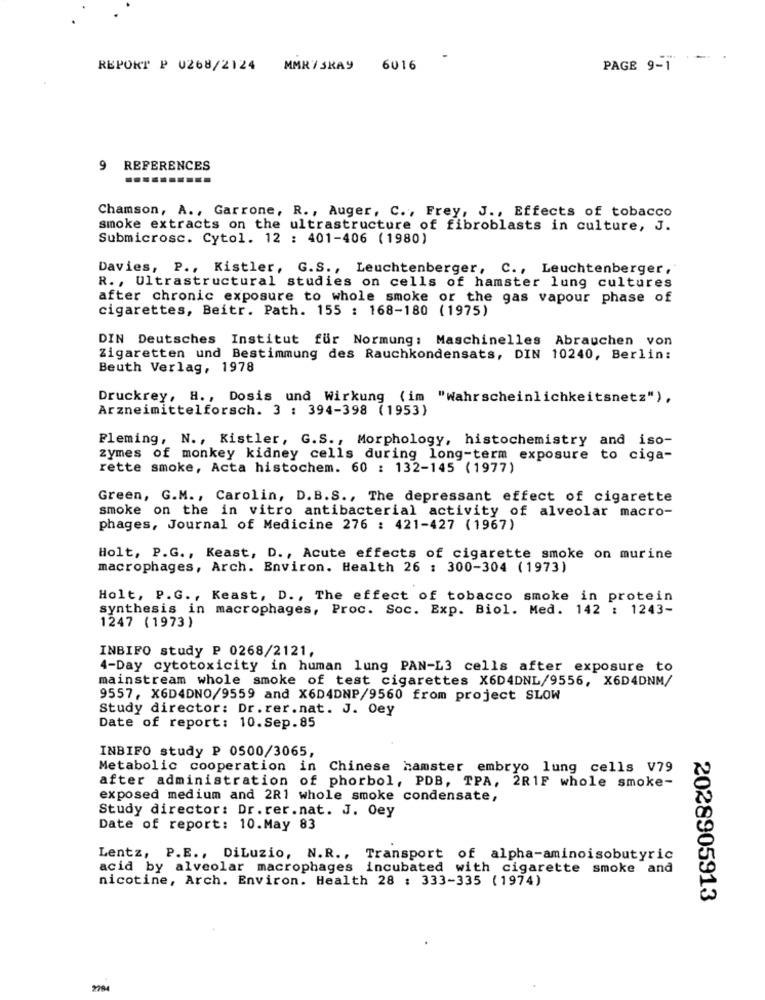
REPORT P 0268/2124 MMR/SKAY 6016
PAGE 9-1
9 REFERENCES
Chamson, A ., Garrone, R ., Auger, C ., Frey, J ., Effects of tobacco
smoke extracts on the ultrastructure of fibroblasts in culture, J.
Submicrosc. Cytol. 12 : 401-406 (1980)
Davies, P ., Kistler, G.S ., Leuchtenberger, C ., Leuchtenberger,
R ., Ultrastructural studies on cells of hamster lung cultures
after chronic exposure to whole smoke or the gas vapour phase of
cigarettes, Beitr. Path. 155 : 168-180 (1975)
DIN Deutsches Institut für Normung: Maschinelles Abrauchen von
Zigaretten und Bestimmung des Rauchkondensats, DIN 10240, Berlin:
Beuth Verlag, 1978
Druckrey, H ., Dosis und Wirkung (im "wahrscheinlichkeitsnetz"),
Arzneimittelforsch. 3 : 394-398 (1953)
Fleming, N ., Kistler, G.S ., Morphology, histochemistry and iso-
zymes of monkey kidney cells during long-term exposure to ciga-
rette smoke, Acta histochem. 60 : 132-145 (1977)
Green, G.M ., Carolin, D.B.S ., The depressant effect of cigarette
smoke on the in vitro antibacterial activity of alveolar macro-
phages, Journal of Medicine 276 : 421-427 (1967)
Holt, P.G ., Keast, D ., Acute effects of cigarette smoke on murine
macrophages, Arch. Environ. Health 26 : 300-304 (1973)
Holt, P.G ., Keast, D ., The effect of tobacco smoke in protein
synthesis in macrophages, Proc. Soc. Exp. Biol. Med. 142 : 1243-
1247 (1973)
INBIFO study P 0268/2121,
4-Day cytotoxicity in human lung PAN-L3 cells after exposure to
mainstream whole smoke of test cigarettes X6D4DNL/9556, X6D4DNM/
9557, X6D4DNO/9559 and X6D4DNP/9560 from project SLOW
Study director: Dr.rer.nat. J. Oey
Date of report: 10.Sep.85
INBIFO study P 0500/3065,
Metabolic cooperation in Chinese hamster embryo lung cells V79
after administration of phorbol, PDB, TPA, 2R1F whole smoke-
exposed medium and 2R1 whole smoke condensate,
Study director: Dr.rer.nat. J. Oey
Date of report: 10.May 83
Lentz, P.E ., DiLuzio, N.R ., Transport of alpha-aminoisobutyric
acid by alveolar macrophages incubated with cigarette smoke and
nicotine, Arch. Environ. Health 28 : 333-335 (1974)
2028905913